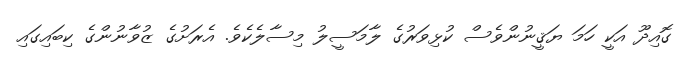
ގޮއިދޫ އަކީ ހަމަ ޔަޤީނުންވެސް ކުޅިވަރުގެ ލާމަސީލު މިސާލެކެވެ. އެރަށުގެ ޒުވާނުންގެ ކިބައިގައި